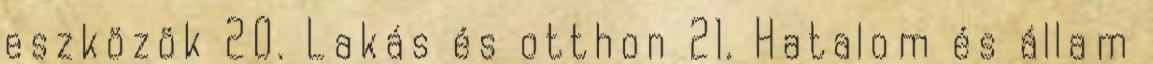
eszközök 20. Lakás és otthon 21. Hatalom és állam